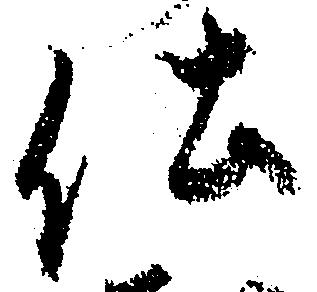
仕